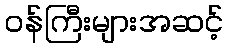
ဝန်ကြီးများအဆင့်